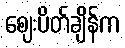
ဈေးပိတ်ချိန်က